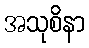
အသုစိနာ